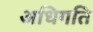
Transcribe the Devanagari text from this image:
अधिगति